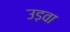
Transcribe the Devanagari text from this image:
उड़वा